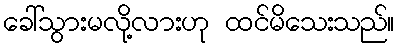
ခေါ်သွားမလို့လားဟု ထင်မိသေးသည်။